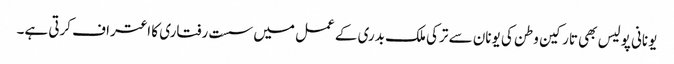
یونانی پولیس بھی تارکین وطن کی یونان سے ترکی ملک بدری کے عمل میں سست رفتاری کا اعتراف کرتی ہے۔